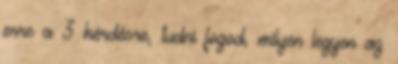
erre a 3 kérdésre, tudni fogod, milyen legyen az